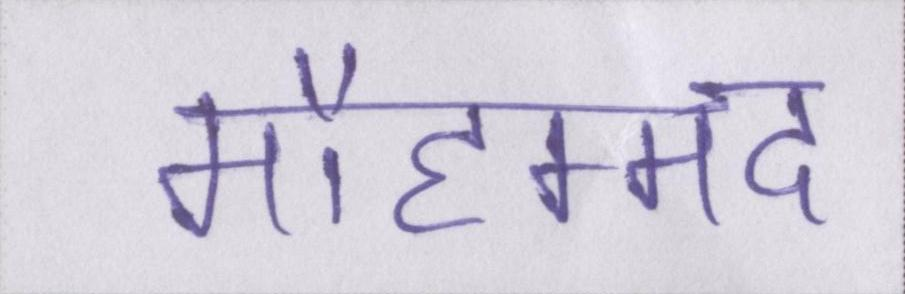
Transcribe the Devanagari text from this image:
मौहम्मद